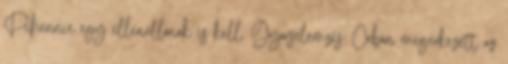
Pihennie egy ellenállónak is kell. Gyorselemzés: Orbán megérkezett az